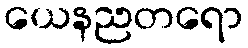
ယေနညတရော